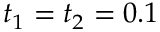
t _ { 1 } = t _ { 2 } = 0 . 1